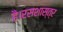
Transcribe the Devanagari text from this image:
है।रसशास्त्र